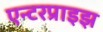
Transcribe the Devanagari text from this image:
एन्टरप्राइझ